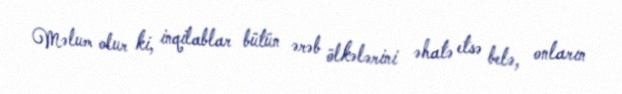
Məlum olur ki, inqilablar bütün ərəb ölkələrini əhatə etsə belə, onların